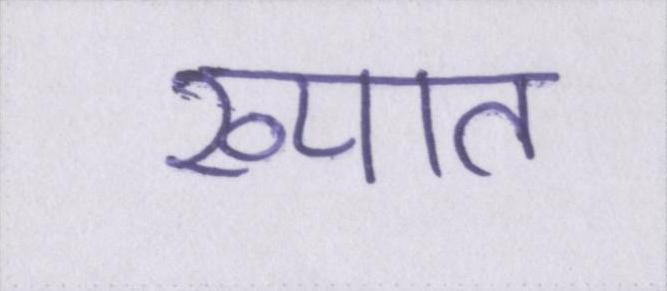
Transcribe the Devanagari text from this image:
ख्यात